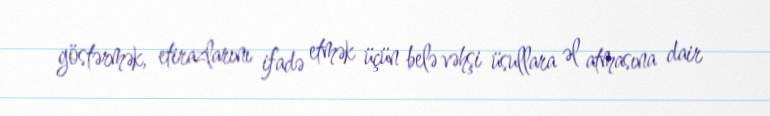
göstərmək, etirazlarını ifadə etmək üçün belə vəhşi üsullara əl atmasına dair